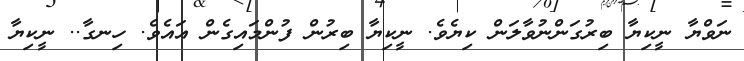
ނަވްޔާ ނީކިޔާ ބިރުގަންނުވާލަން ކިޔެވެ. ނީކިޔާ ބިރުން ފުންމައިގެން އައެވެ. ހިނގާ.. ނީކިޔާ